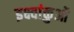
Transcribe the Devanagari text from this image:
इक्ष्वांकुओं